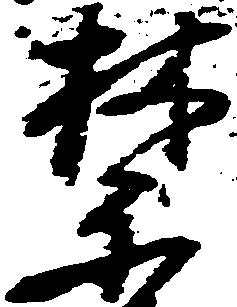
禁